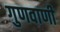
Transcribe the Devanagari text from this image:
गुणवाणी